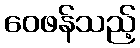
ဝေဖန်သည့်